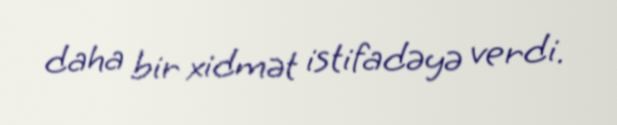
daha bir xidmət istifadəyə verdi.